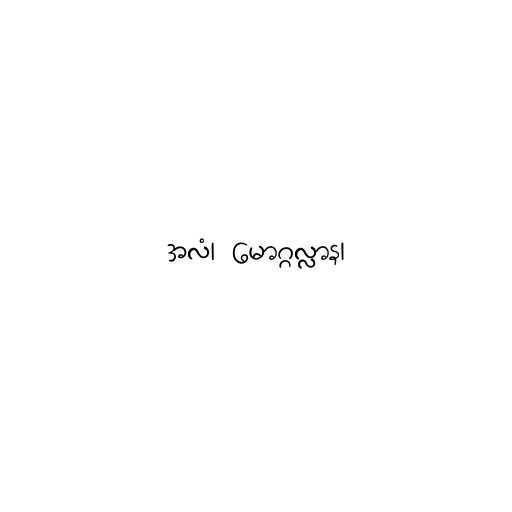
အလံ၊ မောဂ္ဂလ္လာန၊